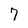
Character: 7